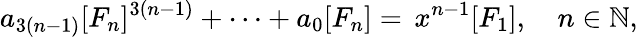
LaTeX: a_{3(n-1)}[F_{n}]^{3(n-1)}+\dots+a_{0}[F_{n}]=\, x^{n-1}[F_{1}],\quad n\in\mathbb N,